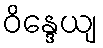
ဝိန္ဒေယျ